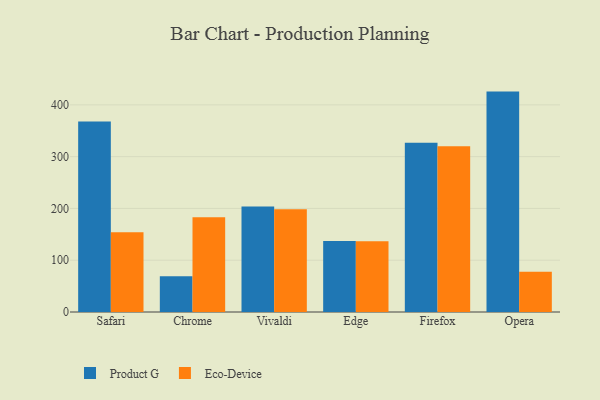
{"axis": {"x": "Browser", "y": "Bounce Rate (%)"}, "legend": ["Eco-Device", "Product G"], "data": [{"x": "Safari", "y": 368.1, "type": "Product G"}, {"x": "Safari", "y": 154.1, "type": "Eco-Device"}, {"x": "Chrome", "y": 69.0, "type": "Product G"}, {"x": "Chrome", "y": 183.2, "type": "Eco-Device"}, {"x": "Vivaldi", "y": 203.7, "type": "Product G"}, {"x": "Vivaldi", "y": 198.4, "type": "Eco-Device"}, {"x": "Edge", "y": 137.3, "type": "Product G"}, {"x": "Edge", "y": 136.5, "type": "Eco-Device"}, {"x": "Firefox", "y": 327.0, "type": "Product G"}, {"x": "Firefox", "y": 320.3, "type": "Eco-Device"}, {"x": "Opera", "y": 425.6, "type": "Product G"}, {"x": "Opera", "y": 77.7, "type": "Eco-Device"}]}